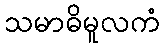
သမာဓိမူလကံ